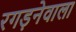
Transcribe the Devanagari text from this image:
रगड़नेवाला